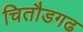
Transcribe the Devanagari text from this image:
चितौडगढ